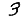
Digit: 3